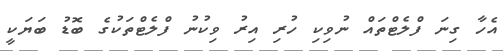
އެހާ ގިނަ ފްލެޓްތައް ނުވިކި ހުރި އިރު ވިކުނު ފްލެޓްތަކުގެ ބޮޑު ބަޔަކީ